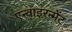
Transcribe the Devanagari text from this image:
एन्वाइरन्मेंट